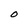
Character: 0